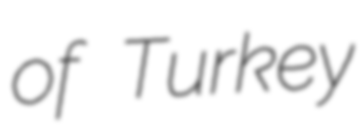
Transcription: of Turkey